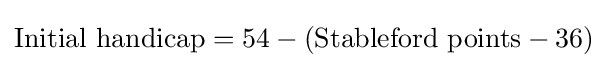
{\mbox{Initial handicap}}={\mbox{54}}-({\mbox{Stableford points}}-{\mbox{36}})